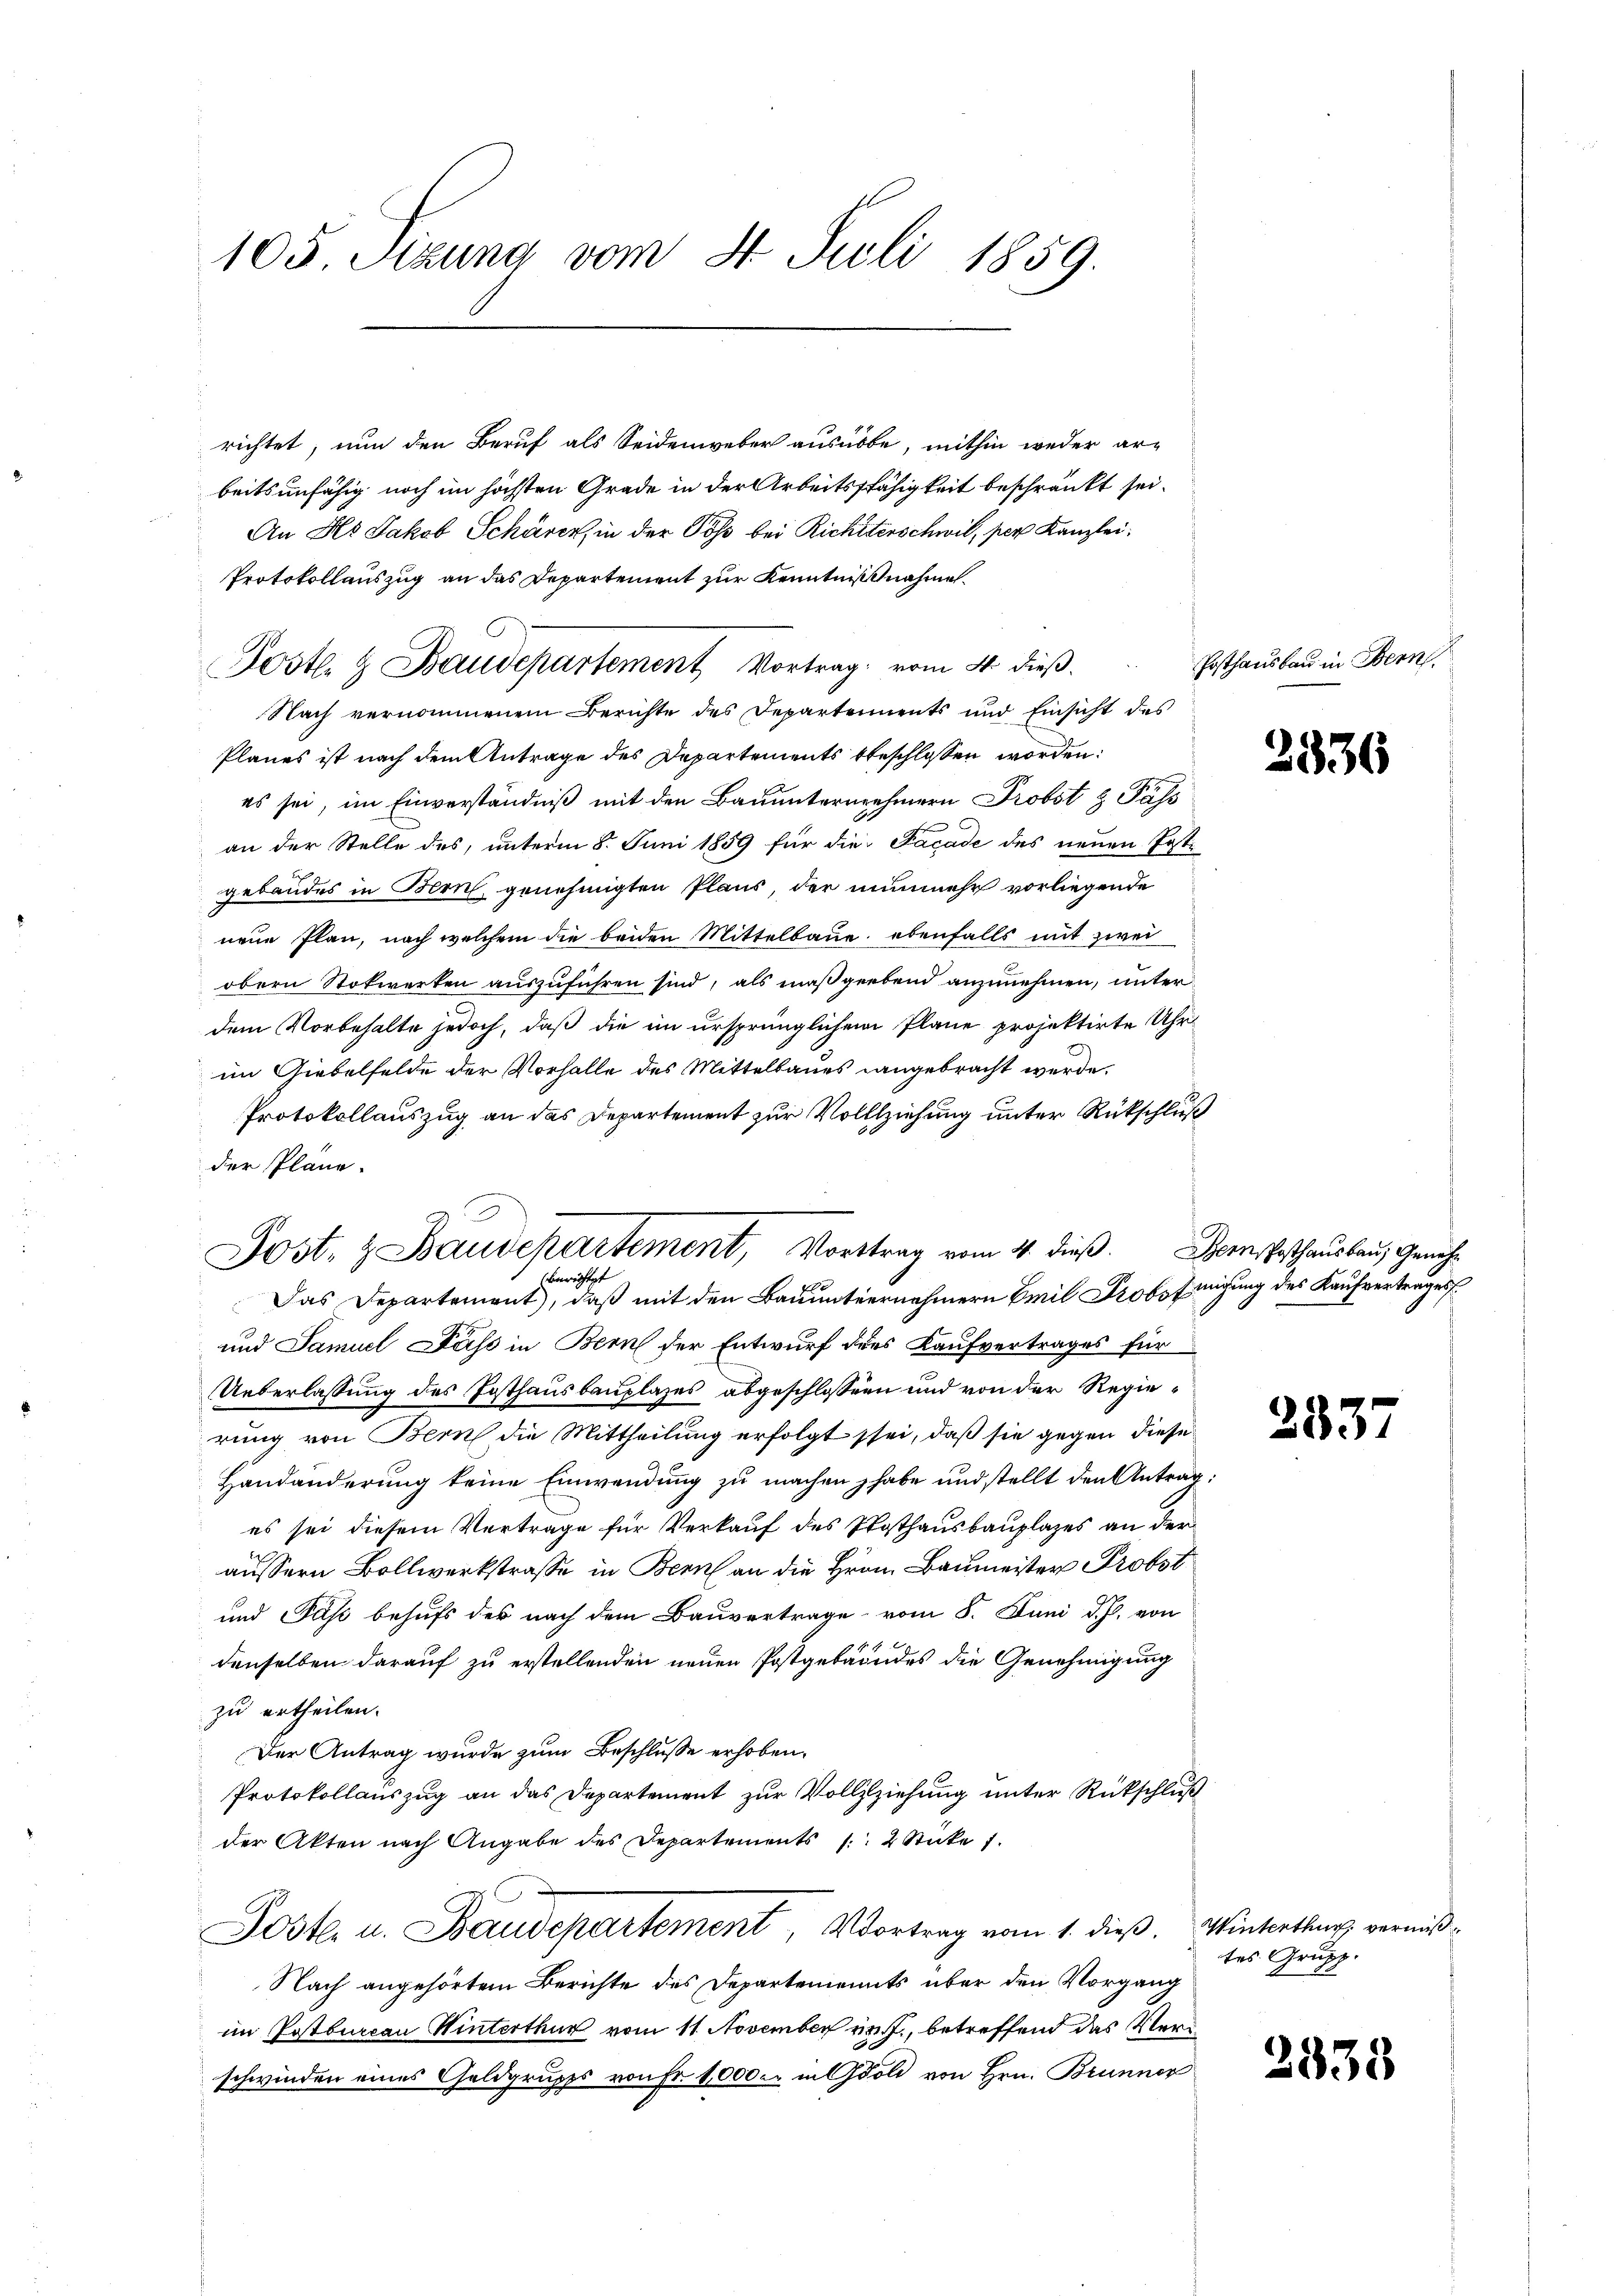
105 Sizung vom 4. Juli 1859.

richtet, nun den Beruf als Seidenweber ausübe, mithin weder ar-
beitsunfähig noch im höchsten Grade in der Arbeitsfähigkeit beschränkt sei.
An Hs. Jakob Schärer, in der Töß bei Richtterschwil, per Kanzlei
Protokollauszug an das Departement zur Kenntnißnahme.
Nach vernommenem Berichte des Departements und Einsicht des
Planes ist nach dem Antrage des Departements beschlossen worden:
es sei, im Einverständniß mit den Bauunternehmern Probst & Päss
an der Stelle des, unterm 8. Juni 1859 für die Facade des neuen Postgebäudes in Bern, genehmigten Plans, der nunmehr vorliegende
neue Plan, noch welchem die beiden Mittelbaue, ebenfalls mit zwei
obern Stokwerken auszuführen sind, als maßgebend anzunehmen, unter
dem Vorbehalte jedoch, daß die im ursprünglichem Plane projektirte Uhrim Giebelfelde der Vorhalle des Mittelbaues angebracht werde.
Protokollauszug an das Departement zur Vollziehung unter Rückschluß
der Plane.
Das Departement, daß mit den Bauunternehmern Emil Probs Einigung des Kaufvertrages
und Samuel Dass in Bern der Entwurf dies Kaufvertrages für
Ueberlassung des Posthausbauplazes abgeschlossen und von der Regierung von Bern die Mittheilung erfolgt sei, daß sie gegen diese
Handänderung keine Einwendung zu machen habe und stellt den Antrag
es sei diesem Verträge für Verkauf des Posthausbauplazes an der
äussern Bollwerkstraße in Bern an die Hrrn. Baumeister Probst
und Paß behufs der nach dem Bauvertrage vom 8. Juni d. Js. von
denselben darauf zu erstellenden neuen Postgebäudes die Genehmigung
zu ertheilen.
Der Antrag wurde zum Beschlusse erhoben.
Protokollauszug an das Departement zur Vollzlziehung unter Rückschluß
der Akten nach Angabe des Departements 12 Sticke 1.
Poste. u. Staudepartement, Vortrag vom 1. dieß. Winterthur vermiß¬
Nach angehörtem Berichte des Departements über den Vorgang
im Postbureau Winterthur vom 11. November rest, betreffend das Verschwinden eines Geldgrupps von Fr. 1000. in Gold von Hrn. Brunner

Post & Baudepartement Vortrag vom 4. dieβ.  Posthaŭsbaŭ in Bern,

Post- & Baudepartement, Vortrag vom 4. dieß. Bern Posthausbau, Genehbeweichtigt

2336

353

tes Grupp

2335